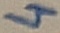
Text: 4